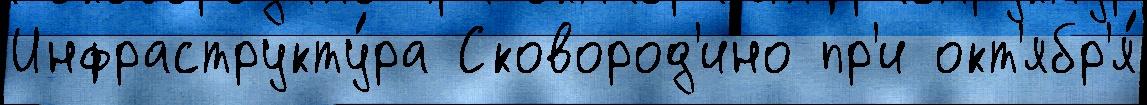
Инфраструкту́ра Сковород'ино пр'и окт'ябр'я́